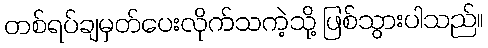
တစ်ရပ်ချမှတ်ပေးလိုက်သကဲ့သို့ ဖြစ်သွားပါသည်။